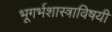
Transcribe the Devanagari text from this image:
भूगर्भशास्त्राविषयी